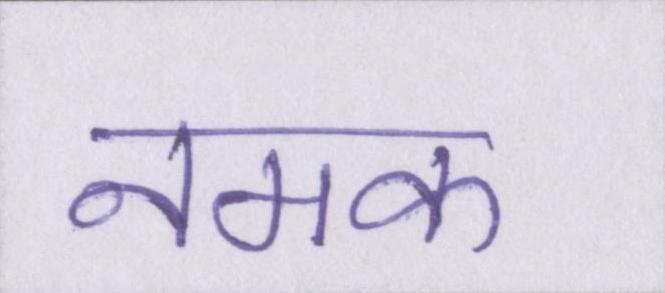
नमक